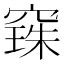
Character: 𮄌